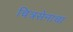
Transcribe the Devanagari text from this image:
चित्रसेनाचा